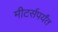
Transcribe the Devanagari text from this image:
मीटर्सपर्यंत